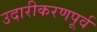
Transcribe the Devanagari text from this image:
उदारीकरणपूर्व